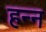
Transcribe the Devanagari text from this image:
हन्न